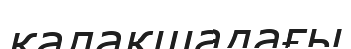
қалақшадағы